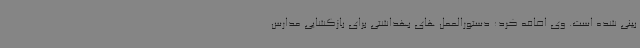
بینی شده است. وی اضافه کرد: دستورالعمل های بهداشتی برای بازگشایی مدارس